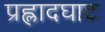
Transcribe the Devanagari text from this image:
प्रह्लादघाट